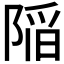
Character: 𨺻